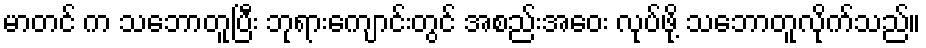
မာတင် က သဘောတူပြီး ဘုရားကျောင်းတွင် အစည်းအေဝး လုပ်ဖို့ သဘောတူလိုက်သည်။